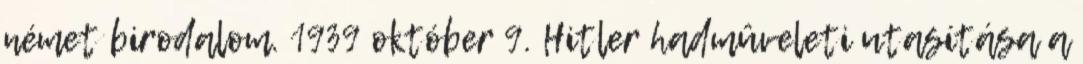
német birodalom. 1939 október 9. Hitler hadmûveleti utasítása a